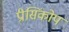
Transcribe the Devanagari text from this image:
प्रीसिंकोप